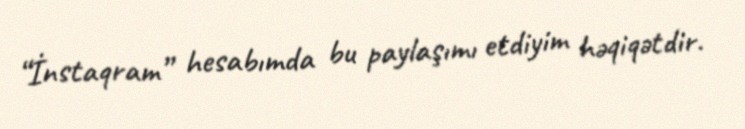
“İnstaqram” hesabımda bu paylaşımı etdiyim həqiqətdir.